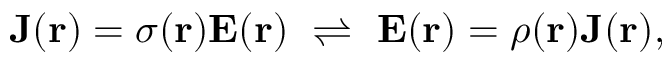
\mathbf { J } ( \mathbf { r } ) = \sigma ( \mathbf { r } ) \mathbf { E } ( \mathbf { r } ) \, \, \rightleftharpoons \, \, \mathbf { E } ( \mathbf { r } ) = \rho ( \mathbf { r } ) \mathbf { J } ( \mathbf { r } ) , \,